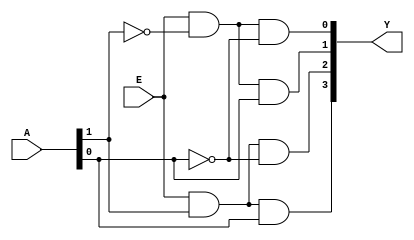
module decoder2to4
(
input [1:0] A,
input E,
output [3:0] Y
);


assign Y[3] = E & A[1] & A[0];
assign Y[2] = E & A[1] & ~A[0];
assign Y[1] = E & ~A[1] & A[0];
assign Y[0] = E & ~A[1] & ~A[0];
endmodule


`timescale 1ns/1ps
module decoder2to4_tb;
reg [1:0] A;
reg E;
wire [3:0] Y;
decoder2to4 uut
(
    .A(A),
    .E(E),
    .Y(Y)
);

initial begin
    A[1] = 0;
    A[0] = 0;
    E = 0;
    #20;
    E = 1;
    #20;
    A[0] = 1;
    #20;
    A[1] = 1;
    #20;
    A[0] = 0;
    #20;
end
initial begin
    $monitor("E=%d A=%d%d Y=%d%d%d%d\n",E, A[1], A[0], Y[3], Y[2], Y[1],Y[0]);
end
endmodule